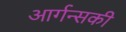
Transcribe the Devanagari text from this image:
आर्गन्सकी